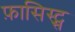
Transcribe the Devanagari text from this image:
फ़ासिस्ट्स